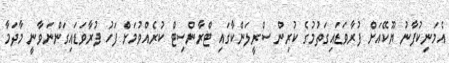
އެމަނިކުފާނު ޔޫކޭއަށް ފުރާވަޑައިގަތުމުގެ ކުރިން ސްރީލަންކާގައި ޓްރާންސިޓް ކުރެއްވުމަށް ފަހު ފުރާވަޑައިގަންނަވާނީ މާދަމާ